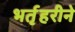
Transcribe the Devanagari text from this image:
भर्तृहरीने